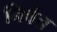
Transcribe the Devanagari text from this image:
निर्वत